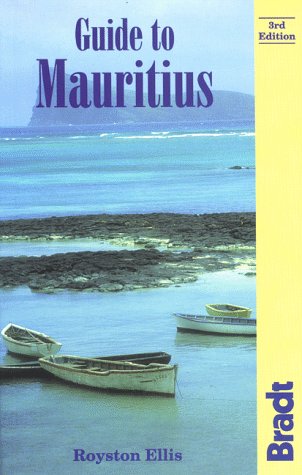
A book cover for Guide to Mauritius: For Tourists, Business Visitors and Independent Travellers (Bradt Guides); Royston Ellis; Travel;